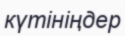
күтініңдер